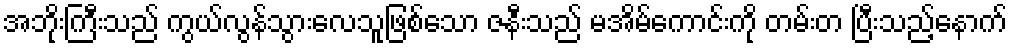
အဘိုးကြီးသည် ကွယ်လွန်သွားလေသူဖြစ်သော ဇနီးသည် မအိမ်ကောင်းကို တမ်းတ ပြီးသည့်နောက်